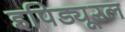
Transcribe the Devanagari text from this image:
इपिड्यूरल